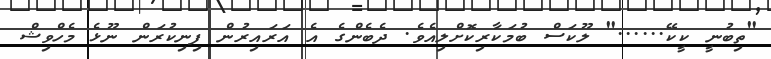
"ތިބުނީ ކީކޭ......" ލޫކަސް ބުމަކާރިކޮށްލިއެވެ. ދެބެންގެ އެ އަރައިރުން ފިނިކުރަން ނޫޅެ މެހްވިޝް